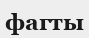
фагты